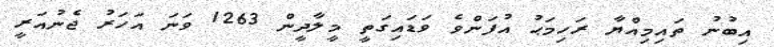
އިބުނު ތައިމިއްޔާ ރަހިމަޙު އުފަންވެ ވަޑައިގަތީ މީލާދީން 1263 ވަނަ އަހަރު ޖެނުއަރީ